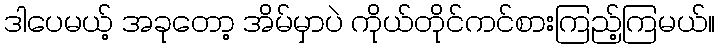
ဒါပေမယ့် အခုတော့ အိမ်မှာပဲ ကိုယ်တိုင်ကင်စားကြည့်ကြမယ်။